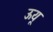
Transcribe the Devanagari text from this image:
ऊयू